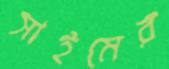
সাইমের